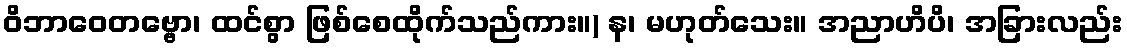
ဝိဘာဝေတဗ္ဗော၊ ထင်စွာ ဖြစ်စေထိုက်သည်ကား။) န၊ မဟုတ်သေး။ အညာဟိပိ၊ အခြားလည်း